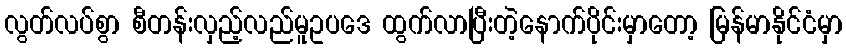
လွတ်လပ်စွာ စီတန်းလှည့်လည်မူဥပဒေ ထွက်လာပြီးတဲ့နောက်ပိုင်းမှာတော့ မြန်မာနိုင်ငံမှာ